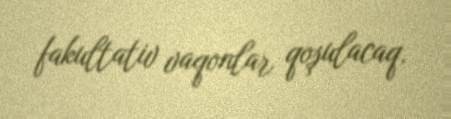
fakultativ vaqonlar qoşulacaq.